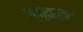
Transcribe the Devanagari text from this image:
पद्व्वुत्तर